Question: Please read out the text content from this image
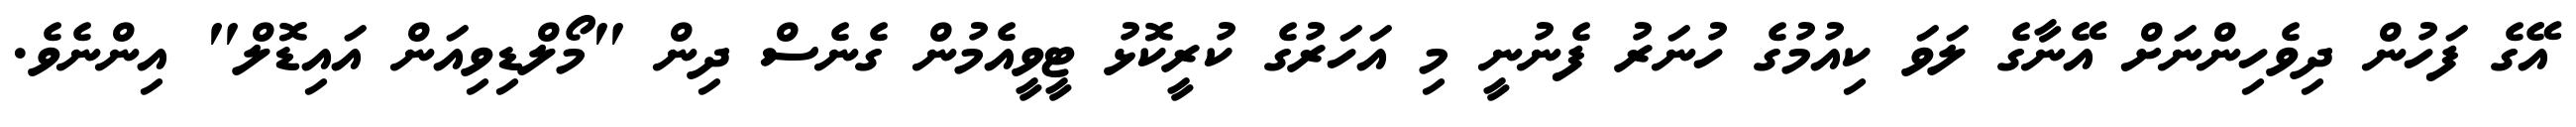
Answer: އޭގެ ފަހުން ދިވެހިންނަށް އޭނާގެ ލަވަ ކިއުމުގެ ހުނަރު ފެނުނީ މި އަހަރުގެ ކުރީކޮޅު ޓީވީއެމުން ގެނެސް ދިން "މޯލްޑިވިއަން އައިޑޮލް" އިންނެވެ.